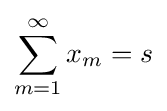
\sum _{m=1}^{\infty }x_{m}=s